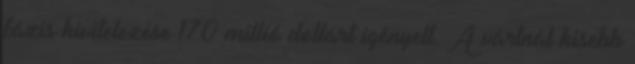
fázis kivitelezése 170 millió dollárt igényelt. A vártnál kisebb